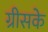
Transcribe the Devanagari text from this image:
ग्रीसके